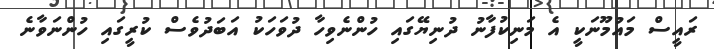
ރައީސް މައުމޫނަކީ އެ މަނިކުފާނު ދުނިޔޭގައި ހުންނެވިހާ ދުވަހަކު އަބަދުވެސް ކުރީގައި ހުންނަވާނެ